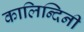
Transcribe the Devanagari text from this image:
कालिन्दिनी